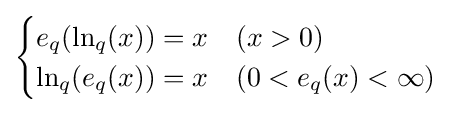
{\begin{cases}e_{q}(\ln _{q}(x))=x&(x>0)\\\ln _{q}(e_{q}(x))=x&(0<e_{q}(x)<\infty )\\\end{cases}}